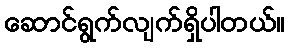
ဆောင်ရွက်လျက်ရှိပါတယ်။